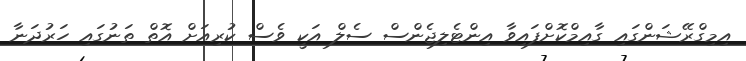
އިމިގްރޭޝަންގައި ގާއިމްކޮށްފައިވާ އިންޓެލިޖެންސް ސެލް އަކީ ވެސް ކުރިއަށް އޮތް ތަނުގައި ހަރުދަނާ